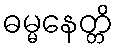
ဓမ္မနေတ္တိ